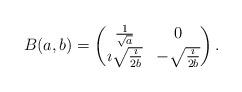
LaTeX: \begin{align*}B(a,b) =\left(\begin{matrix} \frac{1}{\sqrt a} & 0 \cr\imath \sqrt{\frac\imath{2b}} & -\sqrt{\frac\imath{2b}} \cr\end{matrix}\right).\end{align*}